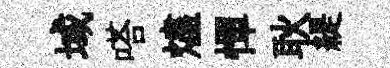
域嗒燼憚耿緹